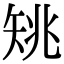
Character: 𥎺